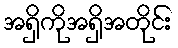
အရှိကိုအရှိအတိုင်း